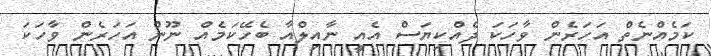
ކަމެއްނެތް އަހަރެން ވާހަކަ ދެއްކިޔަސް އެއީ ނާއިލްއާ ބެހޭކަމެއް ނޫން އަހަރެން ވާހަކަ